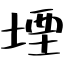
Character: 堙